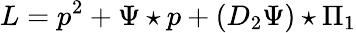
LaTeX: L=p^{2}+\Psi\star p+(D_{2}\Psi)\star\Pi_{1}